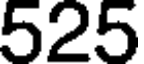
525